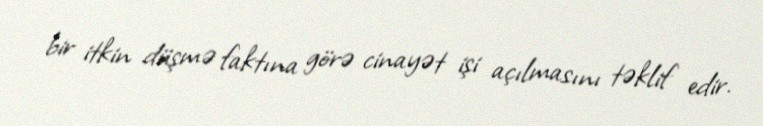
bir itkin düşmə faktına görə cinayət işi açılmasını təklif edir.